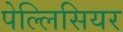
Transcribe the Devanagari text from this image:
पेल्लिसियर